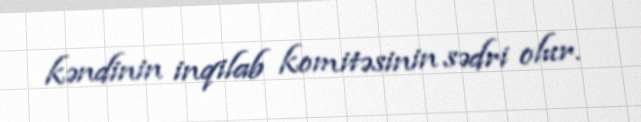
kəndinin inqilab komitəsinin sədri olur.